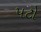
પટો